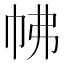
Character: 𢂀